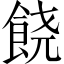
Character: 𲋘